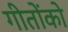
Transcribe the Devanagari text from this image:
गीतोंको